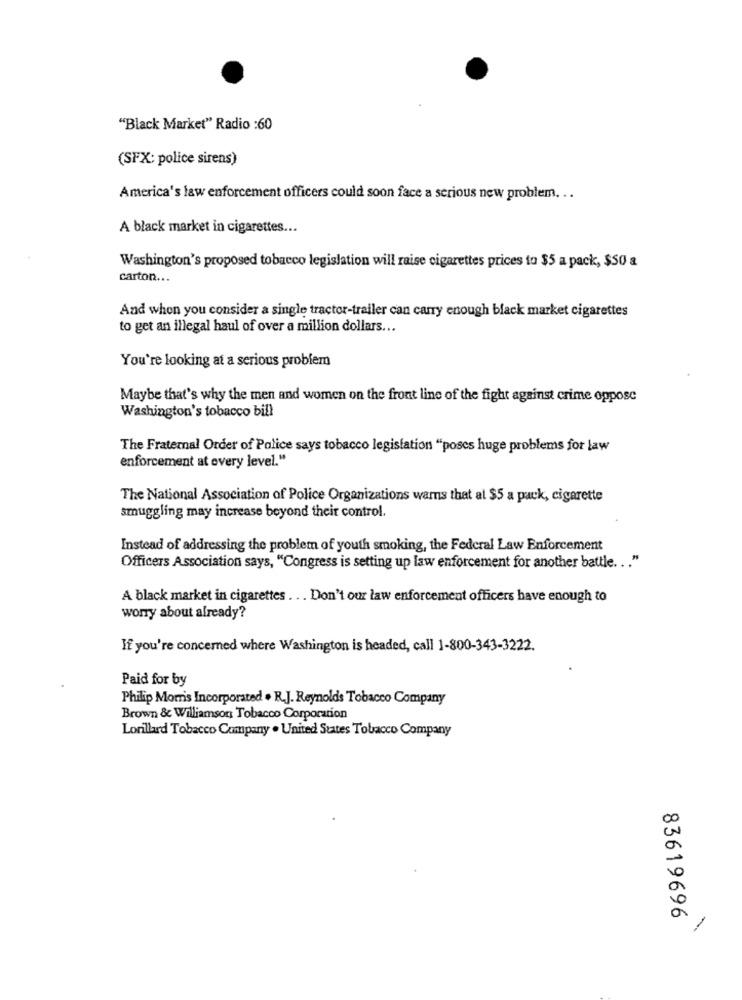
"Black Market" Radio :60
(SFX: police sirens)
America's law enforcement officers could soon face a serious new problem ...
A black market in cigarettes ...
Washington's proposed tobacco legislation will raise cigarettes prices to $5 a pack, $50 a
carton ...
And when you consider a single tractor-trailer can carry enough black market cigarettes
to get an illegal haul of over a million dollars ...
You're looking at a serious problem
Maybe that's why the men and women on the front line of the fight against crime oppose
Washington's tobacco bill
The Fraternal Order of Police says tobacco legislation "poses huge problems for law
enforcement at every level."
The National Association of Police Organizations warns that al $5 a pack, cigarette
smuggling may increase beyond their control.
Instead of addressing the problem of youth smoking, the Federal Law Enforcement
Officers Association says, "Congress is setting up law enforcement for another battle. .. "
A black market in cigarettes . .. Don't our law enforcement officers have enough to
worry about already?
If you're concerned where Washington is headed, call 1-800-343-3222.
Paid for by
Philip Morris Incorporated . R.J. Reynolds Tobacco Company
Brown & Williamson Tobacco Corporation
Lorillard Tobacco Company . United States Tobacco Company
83619696